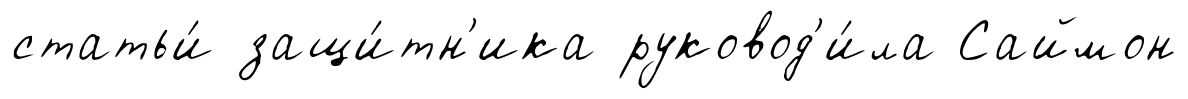
статьи́ защи́тн'ика руковод'и́ла Саймон